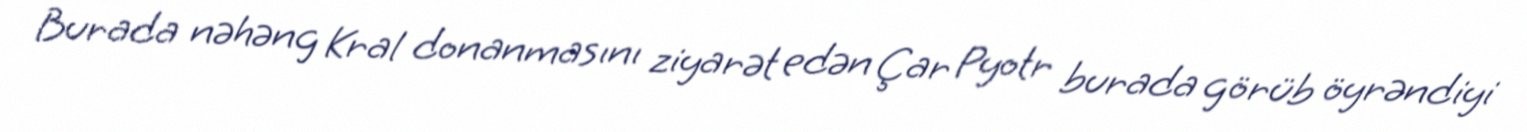
Burada nəhəng Kral donanmasını ziyarət edən Çar Pyotr burada görüb öyrəndiyi